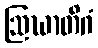
ဩဃာတိဂံ